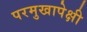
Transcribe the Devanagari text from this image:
परमुखापेक्षी